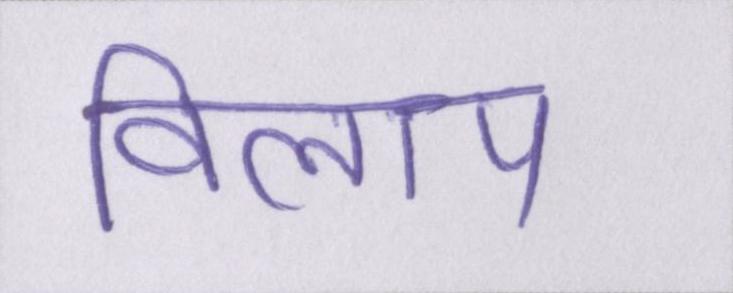
विलाप